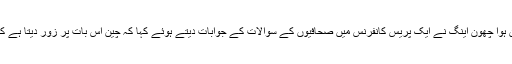
14 اگست (اے پی پی) چین کی وزارت خارجہ کی ترجمان ہوا چھون اینگ نے ایک پریس کانفرنس میں صحافیوں کے سوالات کے جوابات دیتے ہوئے کہا کہ چین اس بات پر زور دیتا ہے کہ امریکہ ہانگ کانگ کے معاملات میں مداخلت نہ کرے ۔